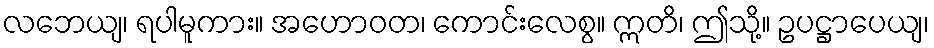
လဘေယျ၊ ရပါမူကား။ အဟောဝတ၊ ကောင်းလေစွ။ ဣတိ၊ ဤသို့။ ဥပဋ္ဌာပေယျ၊